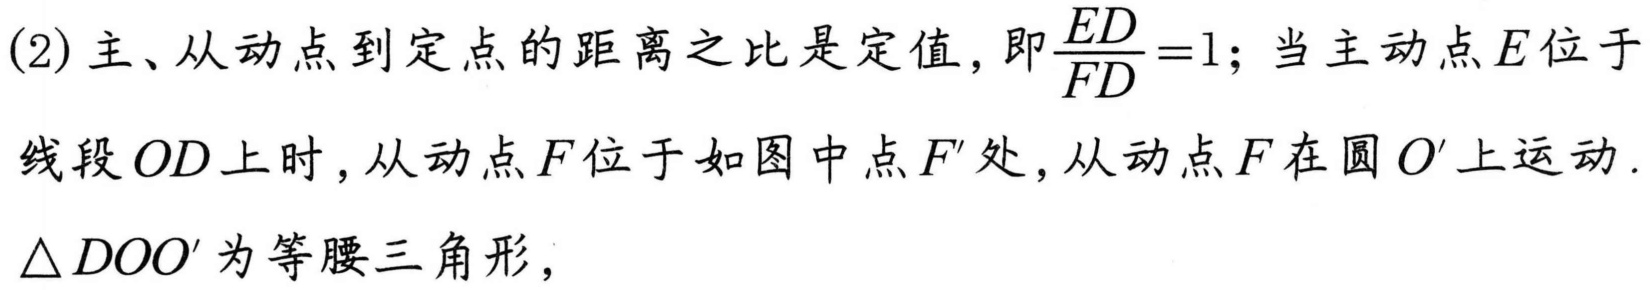
(2) 主、从动点到定点的距离之比是定值, 即\(\frac{ED}{FD}=1\); 当主动点\(E\)位于
线段\(OD\)上时, 从动点\(F\)位于如图中点\(F'\)处, 从动点\(F\)在圆\(O'\)上运动.
\(\triangle DOO'\)为等腰三角形,